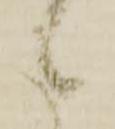
候